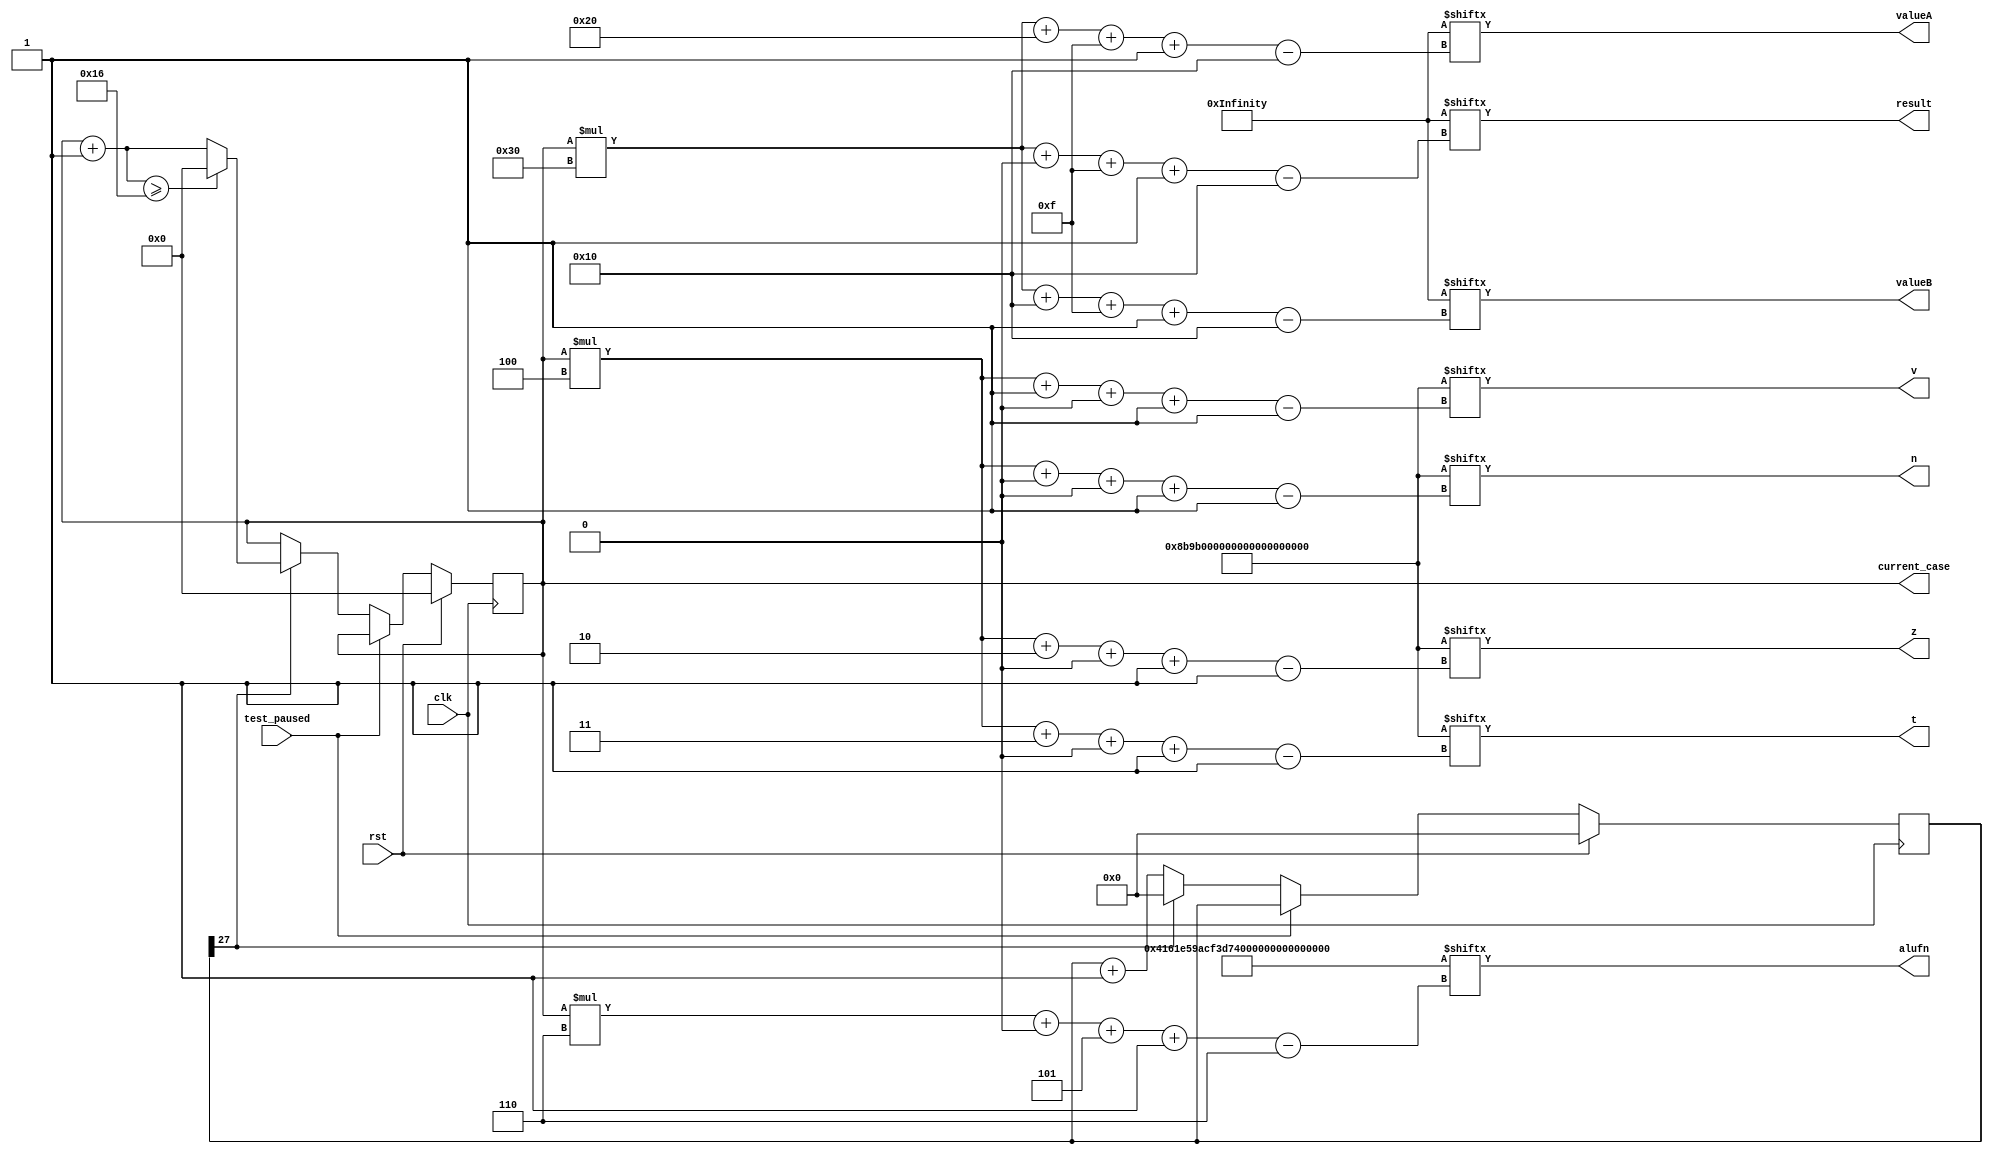
/*
   This file was generated automatically by Alchitry Labs version 1.2.1.
   Do not edit this file directly. Instead edit the original Lucid source.
   This is a temporary file and any changes made to it will be destroyed.
*/

module test_manager_5 (
    input clk,
    input rst,
    input test_paused,
    output reg [15:0] valueA,
    output reg [15:0] valueB,
    output reg [5:0] alufn,
    output reg [15:0] result,
    output reg t,
    output reg z,
    output reg v,
    output reg n,
    output reg [5:0] current_case
  );
  
  
  
  localparam TEST_CASE_INOUT = 1056'h00aa00ff01a940004000800000aa00ffffab7530d8f09c40aaaacccc8888aaaacccceeeeaaaacccc6666aaaaccccaaaaaaaaaaaa0001aaaaaaa800000001400000014000000100004000400000014000000100000f0f000378780f0f000301e10f0f000301e18f0f0003f1e100aa00cc87787530d8f09c417530d8f08000aaaacccc0000;
  
  localparam TEST_CASE_ALUFN = 132'h00004161e59acf3d75df78218e3881058;
  
  localparam TEST_CASE_TZVN = 88'h8b9b000000000000000bc0;
  
  localparam TEST_CASE_DELAY_TIME = 5'h1c;
  
  reg [27:0] M_test_case_delay_d, M_test_case_delay_q = 1'h0;
  
  reg [5:0] M_current_test_d, M_current_test_q = 1'h0;
  
  always @* begin
    M_test_case_delay_d = M_test_case_delay_q;
    M_current_test_d = M_current_test_q;
    
    if (~test_paused) begin
      M_test_case_delay_d = M_test_case_delay_q + 1'h1;
      if (M_test_case_delay_q[27+0-:1]) begin
        M_test_case_delay_d = 1'h0;
        if (M_current_test_q + 1'h1 >= 5'h16) begin
          M_current_test_d = 1'h0;
        end else begin
          M_current_test_d = M_current_test_q + 1'h1;
        end
      end
    end
    valueA = TEST_CASE_INOUT[(M_current_test_q)*48+32+15-:16];
    valueB = TEST_CASE_INOUT[(M_current_test_q)*48+16+15-:16];
    result = TEST_CASE_INOUT[(M_current_test_q)*48+0+15-:16];
    alufn = TEST_CASE_ALUFN[(M_current_test_q)*6+0+5-:6];
    t = TEST_CASE_TZVN[(M_current_test_q)*4+3+0-:1];
    z = TEST_CASE_TZVN[(M_current_test_q)*4+2+0-:1];
    v = TEST_CASE_TZVN[(M_current_test_q)*4+1+0-:1];
    n = TEST_CASE_TZVN[(M_current_test_q)*4+0+0-:1];
    current_case = M_current_test_q;
  end
  
  always @(posedge clk) begin
    if (rst == 1'b1) begin
      M_test_case_delay_q <= 1'h0;
    end else begin
      M_test_case_delay_q <= M_test_case_delay_d;
    end
  end
  
  
  always @(posedge clk) begin
    if (rst == 1'b1) begin
      M_current_test_q <= 1'h0;
    end else begin
      M_current_test_q <= M_current_test_d;
    end
  end
  
endmodule